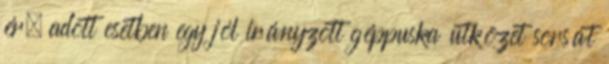
ér, adott esetben egy jól irányzott géppuska ütközet sorsát